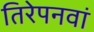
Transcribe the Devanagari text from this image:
तिरेपनवां